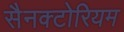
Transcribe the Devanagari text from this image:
सैनक्टोरियम